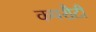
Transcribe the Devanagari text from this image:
कपरौटी